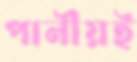
পানীয়ই